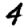
Digit: 4